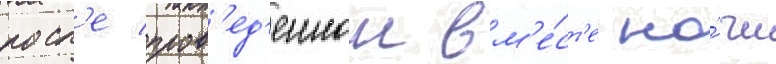
посл'е пров'ед'еннои вм'е́ст'е но́чи